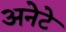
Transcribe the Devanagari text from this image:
अनेटे